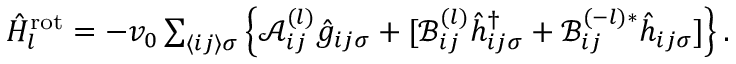
\begin{array} { r } { \hat { H } _ { l } ^ { \mathrm { r o t } } = - v _ { 0 } \sum _ { \langle i j \rangle \sigma } \left\{ \mathcal { A } _ { i j } ^ { ( l ) } \hat { g } _ { i j \sigma } + [ \mathcal { B } _ { i j } ^ { ( l ) } \hat { h } _ { i j \sigma } ^ { \dagger } + \mathcal { B } _ { i j } ^ { ( - l ) * } \hat { h } _ { i j \sigma } ] \right\} . } \end{array}